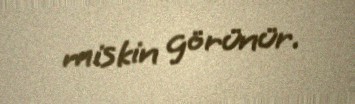
miskin görünür.